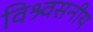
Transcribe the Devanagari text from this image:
विश्र्वसनीय